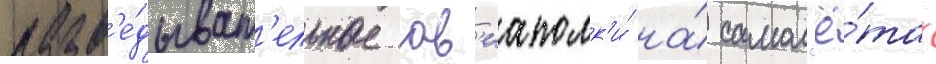
разв'е́дыват'ельные ав'иаполк'и́ на́ самол'ё́тах